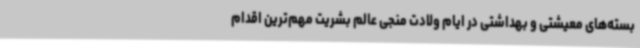
بسته‌های معیشتی و بهداشتی در ایام ولادت منجی عالم بشریت مهم‌ترین اقدام